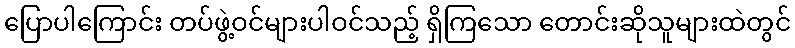
ပြောပါကြောင်း တပ်ဖွဲ့ဝင်များပါဝင်သည့် ရှိကြသော တောင်းဆိုသူများထဲတွင်